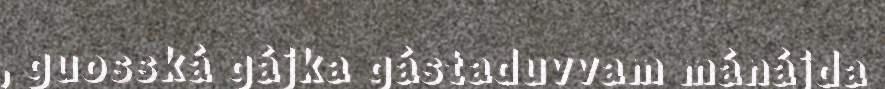
, guosská gájka gástaduvvam mánájda